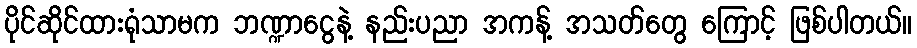
ပိုင်ဆိုင်ထားရုံသာမက ဘဏ္ဍာငွေနဲ့ နည်းပညာ အကန့် အသတ်တွေ ကြောင့် ဖြစ်ပါတယ်။